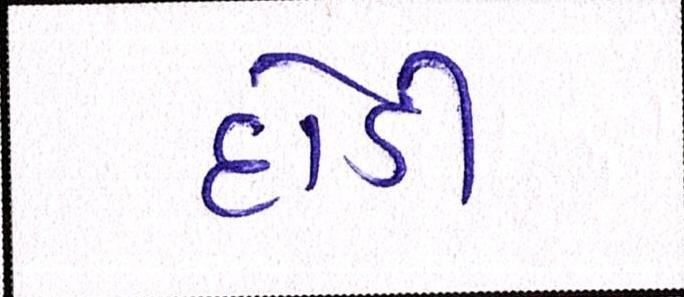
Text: દોડી